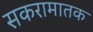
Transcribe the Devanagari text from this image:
सकरामातक